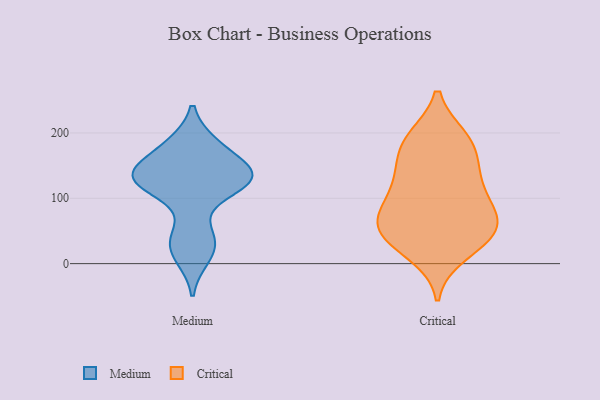
{"axis": {"x": "Active Users", "y": "Value"}, "legend": ["Critical", "Medium"], "data": [{"x": "", "y": 135, "type": "Medium"}, {"x": "", "y": 43, "type": "Medium"}, {"x": "", "y": 144, "type": "Medium"}, {"x": "", "y": 182, "type": "Medium"}, {"x": "", "y": 130, "type": "Medium"}, {"x": "", "y": 142, "type": "Medium"}, {"x": "", "y": 180, "type": "Medium"}, {"x": "", "y": 120, "type": "Medium"}, {"x": "", "y": 129, "type": "Medium"}, {"x": "", "y": 119, "type": "Medium"}, {"x": "", "y": 32, "type": "Medium"}, {"x": "", "y": 10, "type": "Medium"}, {"x": "", "y": 142, "type": "Critical"}, {"x": "", "y": 132, "type": "Critical"}, {"x": "", "y": 192, "type": "Critical"}, {"x": "", "y": 123, "type": "Critical"}, {"x": "", "y": 190, "type": "Critical"}, {"x": "", "y": 58, "type": "Critical"}, {"x": "", "y": 88, "type": "Critical"}, {"x": "", "y": 98, "type": "Critical"}, {"x": "", "y": 47, "type": "Critical"}, {"x": "", "y": 37, "type": "Critical"}, {"x": "", "y": 72, "type": "Critical"}, {"x": "", "y": 189, "type": "Critical"}, {"x": "", "y": 166, "type": "Critical"}, {"x": "", "y": 72, "type": "Critical"}, {"x": "", "y": 33, "type": "Critical"}, {"x": "", "y": 15, "type": "Critical"}, {"x": "", "y": 54, "type": "Critical"}]}